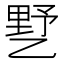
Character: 𰁍